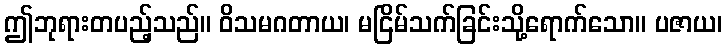
ဤဘုရားတပည့်သည်။ ဝိသမဂတာယ၊ မငြိမ်သက်ခြင်းသို့ရောက်သော။ ပဇာယ၊